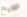
صحيح